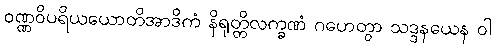
ဝဏ္ဏဝိပရိယယောတိအာဒိကံ နိရုတ္တိလက္ခဏံ ဂဟေတွာ သဒ္ဒနယေန ဝါ